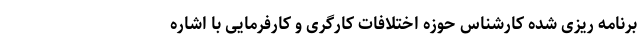
برنامه ریزی شده کارشناس حوزه اختلافات کارگری و کارفرمایی با اشاره